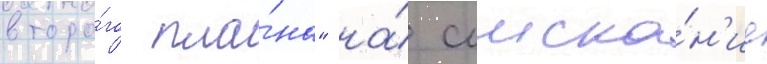
второ́го пла́на" на́ соиска́н'ие